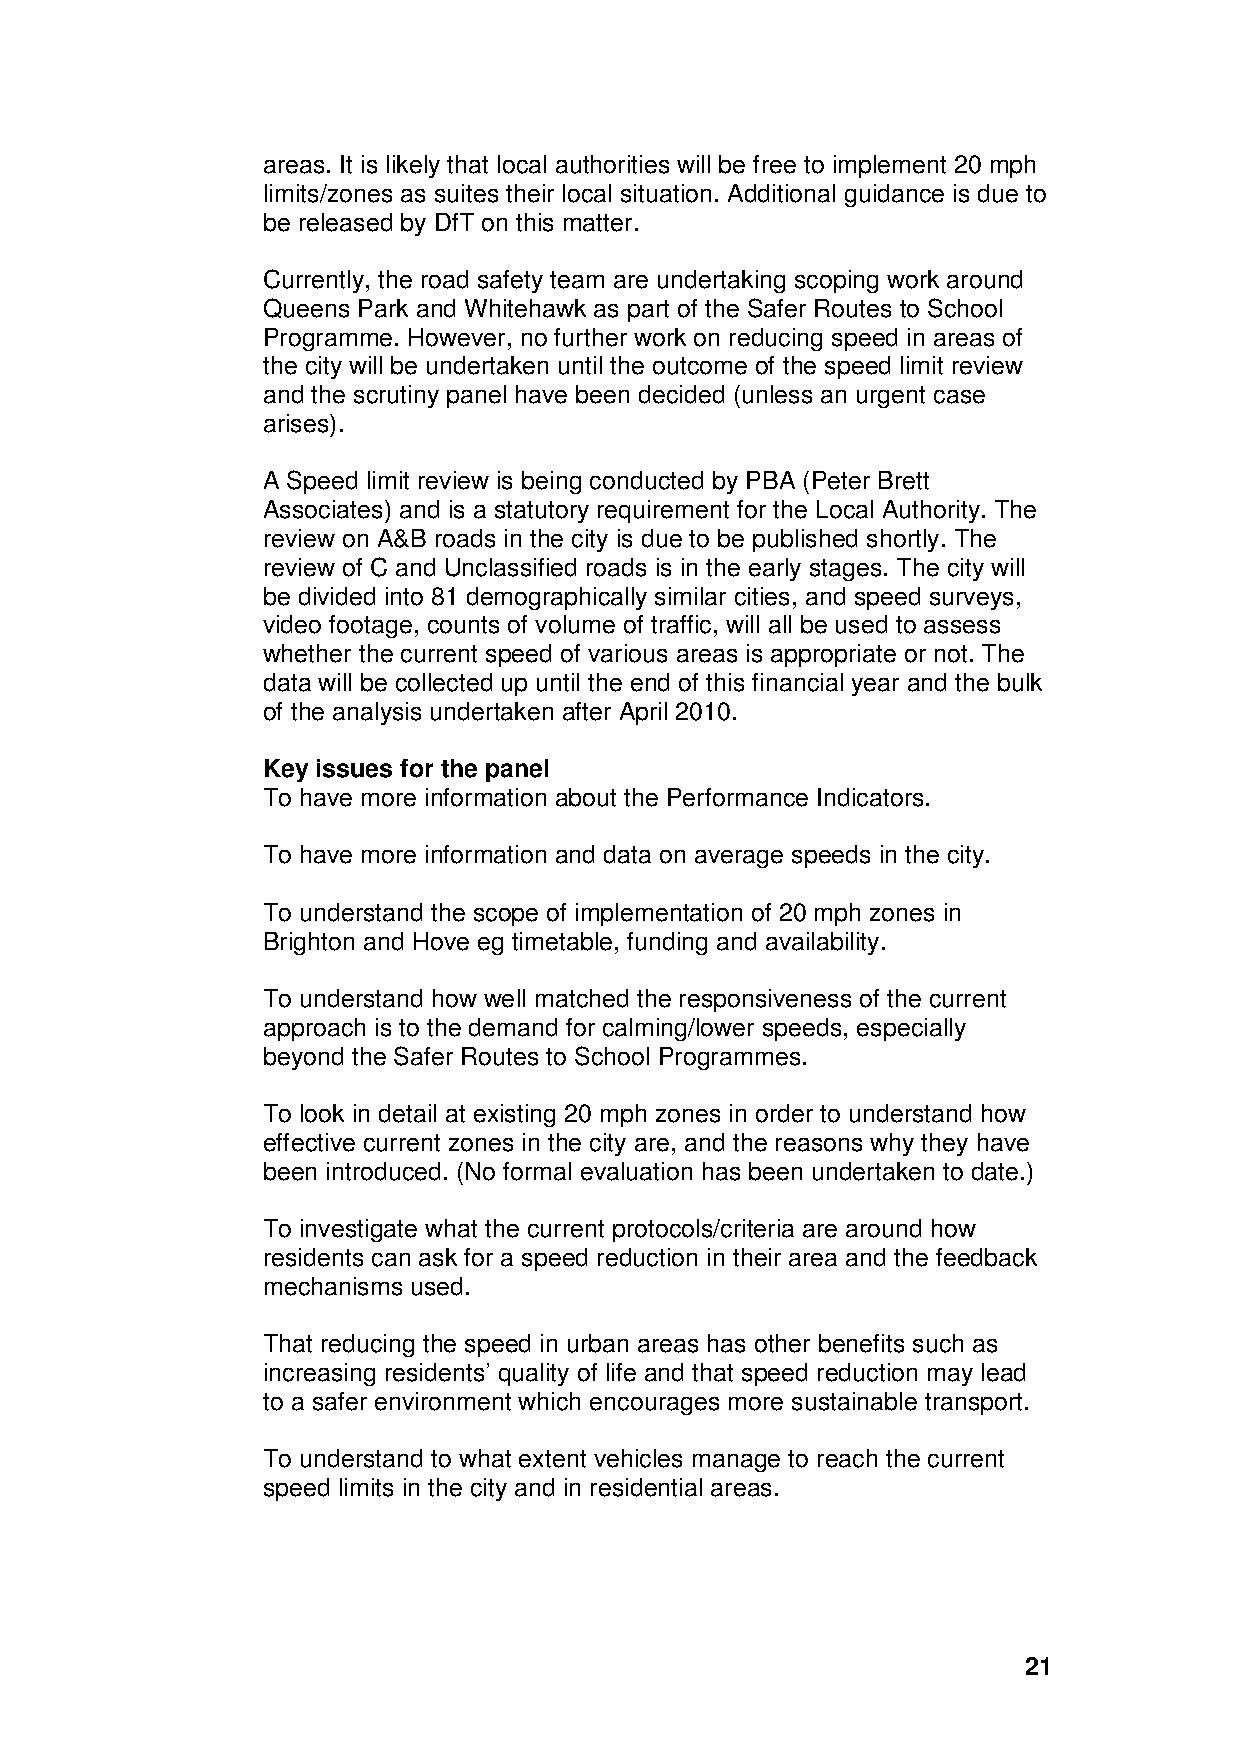
areas. It is likely that local authorities will be free to implement 20 mph
 limits/zones as suites their local situation. Additional guidance is due to
 be released by DfT on this matter.
 Currently, the road safety team are undertaking scoping work around
 Queens Park and Whitehawk as part of the Safer Routes to School
 Programme. However, no further work on reducing speed in areas of
 the city will be undertaken until the outcome of the speed limit review
 and the scrutiny panel have been decided (unless an urgent case
 arises).
 A Speed limit review is being conducted by PBA (Peter Brett
 Associates) and is a statutory requirement for the Local Authority. The
 review on A&B roads in the city is due to be published shortly. The
 review of C and Unclassified roads is in the early stages. The city will
 be divided into 81 demographically similar cities, and speed surveys,
 video footage, counts of volume of traffic, will all be used to assess
 whether the current speed of various areas is appropriate or not. The
 data will be collected up until the end of this financial year and the bulk
 of the analysis undertaken after April 2010.
 Key issues for the panel
 To have more information about the Performance Indicators.
 To have more information and data on average speeds in the city.
 To understand the scope of implementation of 20 mph zones in
 Brighton and Hove eg timetable, funding and availability.
 To understand how well matched the responsiveness of the current
 approach is to the demand for calming/lower speeds, especially
 beyond the Safer Routes to School Programmes.
 To look in detail at existing 20 mph zones in order to understand how
 effective current zones in the city are, and the reasons why they have
 been introduced. (No formal evaluation has been undertaken to date.)
 To investigate what the current protocols/criteria are around how
 residents can ask for a speed reduction in their area and the feedback
 mechanisms used.
 That reducing the speed in urban areas has other benefits such as
 increasing residents’ quality of life and that speed reduction may lead
 to a safer environment which encourages more sustainable transport.
 To understand to what extent vehicles manage to reach the current
 speed limits in the city and in residential areas.
 21